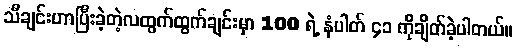
သီချင်းဟာပြီးခဲ့တဲ့လထွက်ထွက်ချင်းမှာ 100 ရဲ့ နံပါတ် ၄၁ ကိုချိတ်ခဲ့ပါတယ်။